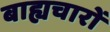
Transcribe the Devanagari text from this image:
बाह्यचारों